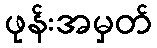
ဖုန်းအမှတ်